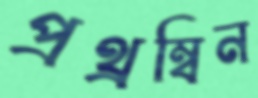
প্রথ্রম্বিন